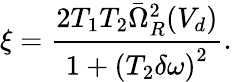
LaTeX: \xi=\frac{2T_{1}T_{2}\bar{\Omega}_{R}^{2}(V_{d})}{1+\left(T_{2}\delta\omega\right)^{2}}.